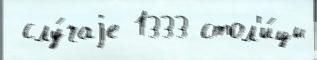
 слу́чаjе 1333 стол'и́цы